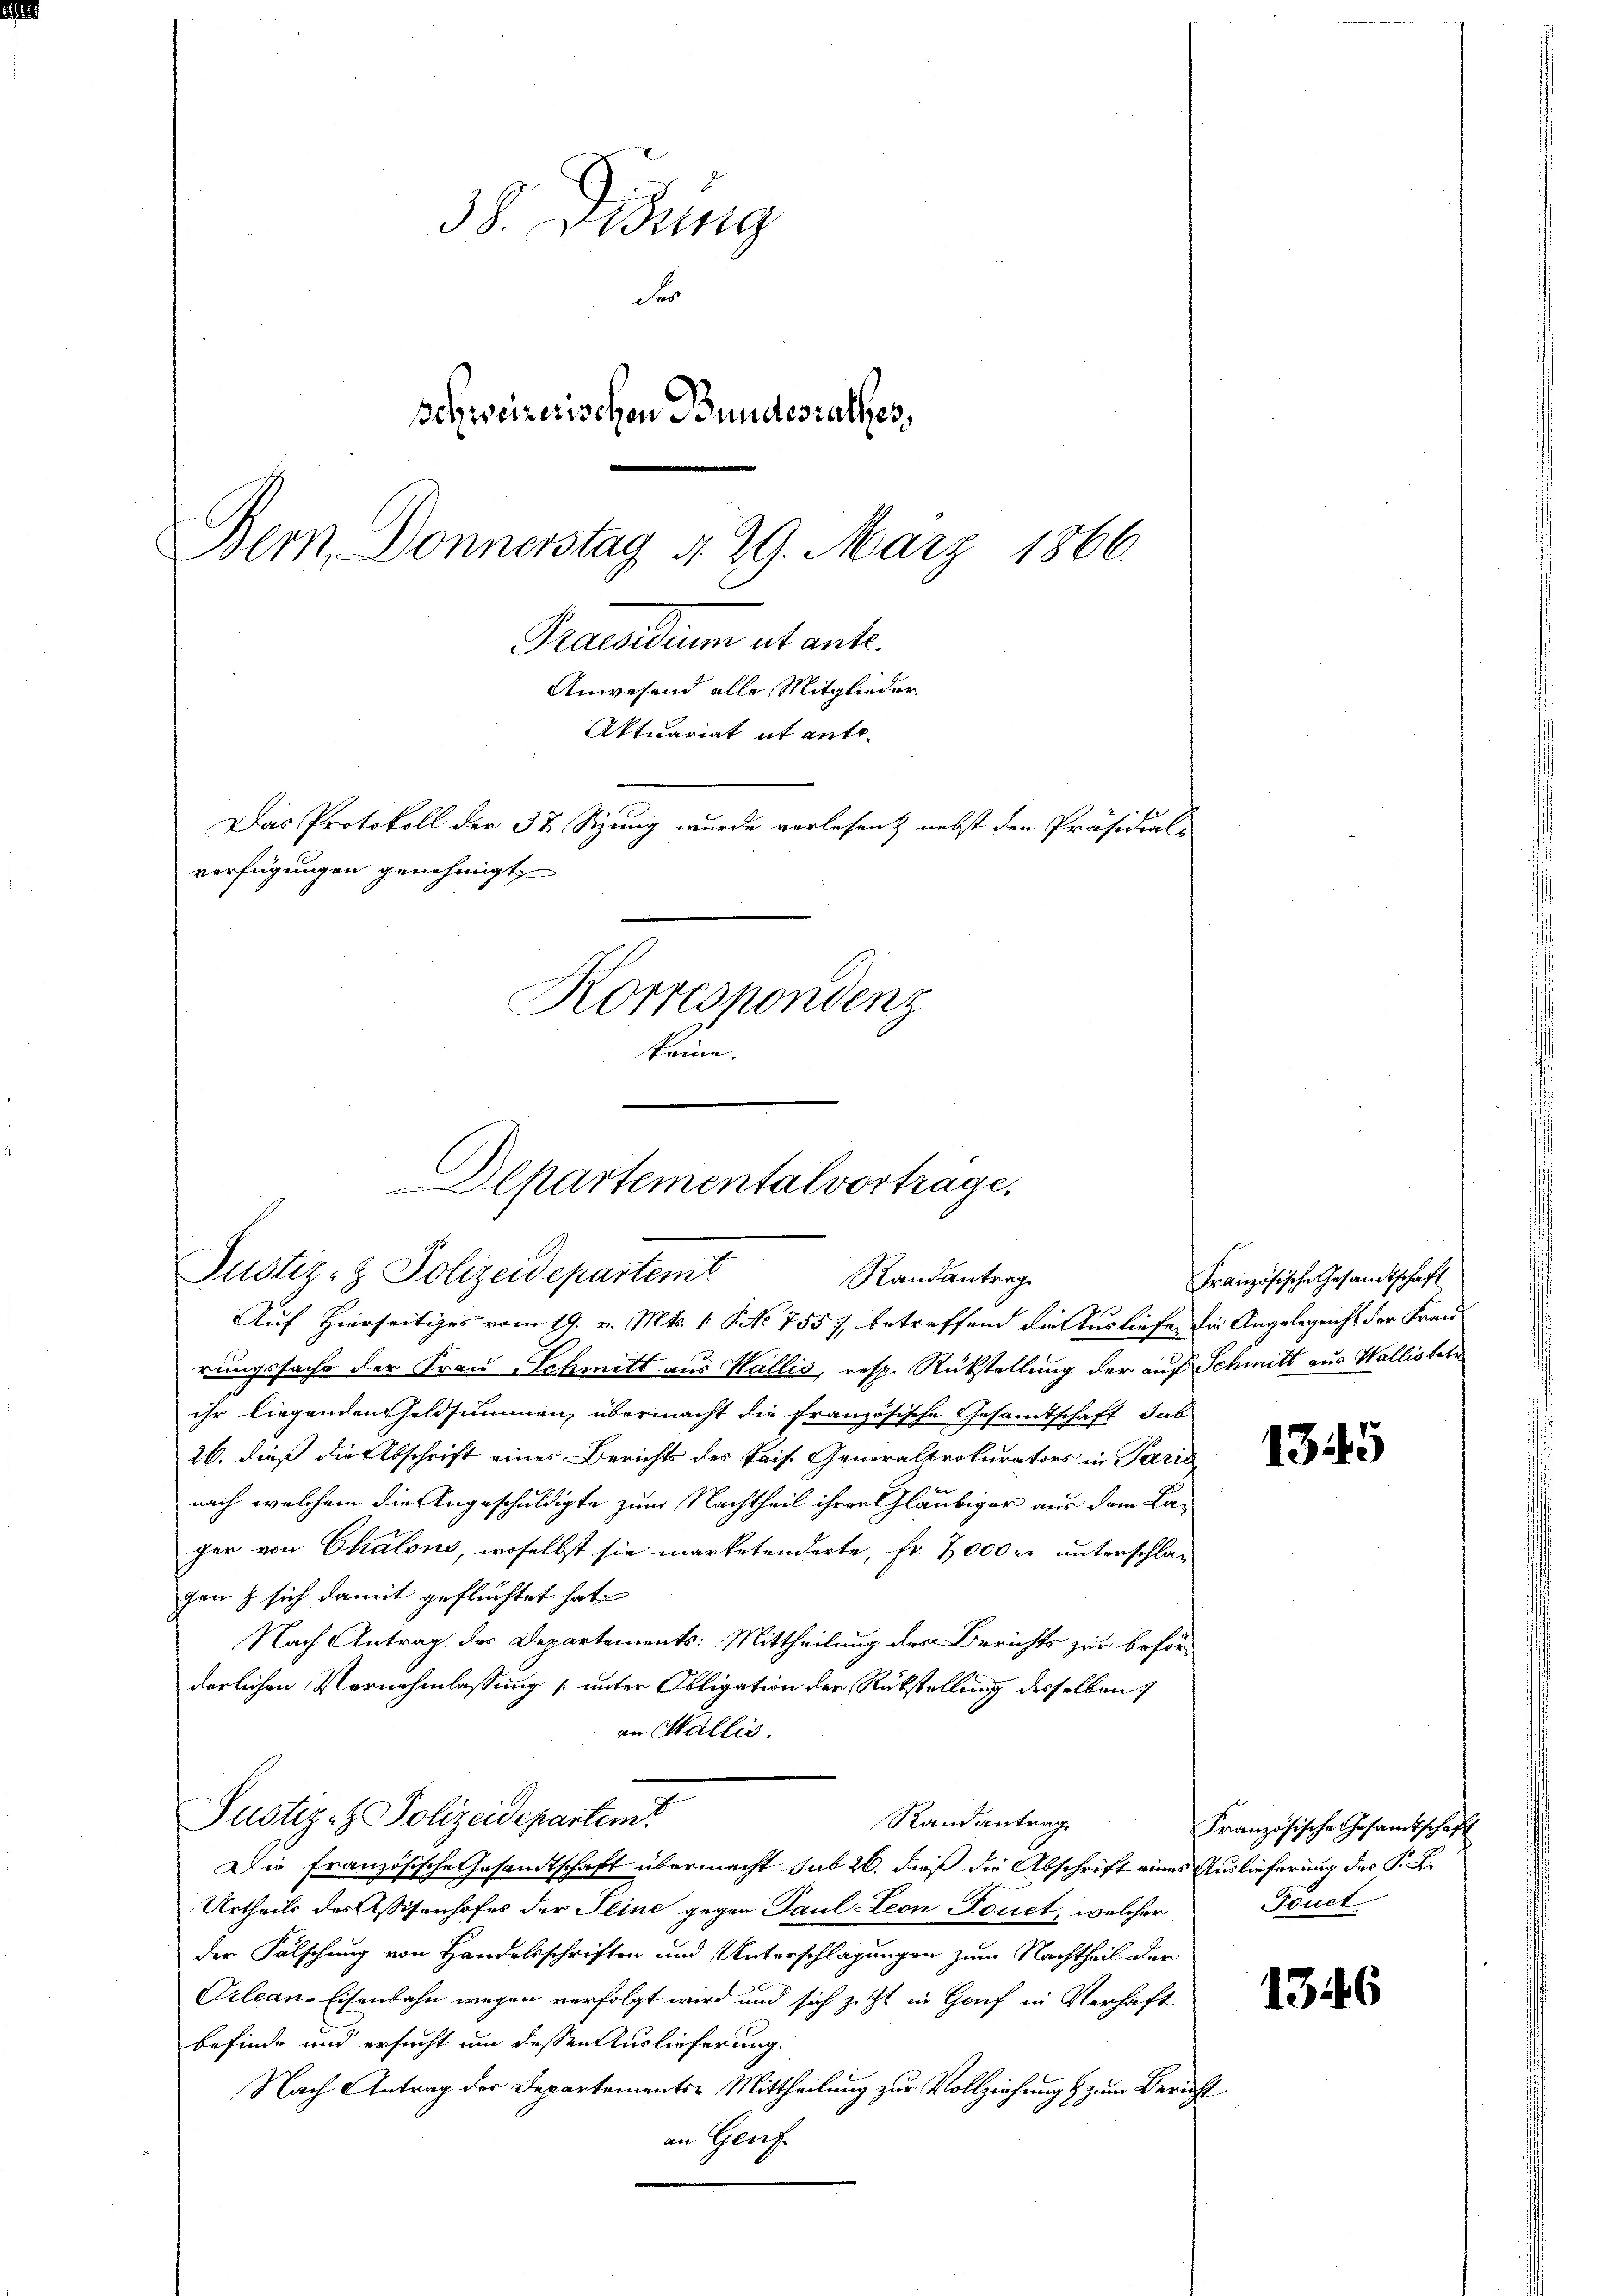
38. Didung
Fr
Schweizerischen Bundesrathes,
Dem Donnerstag d. 29. März 1866.
Praesidium ut ant.
Anwesend alle Mitglieder
Aktuariat it ente.
Das Protokoll der 37 Sizung wurde vorlesen & nebst den Präsidial-
verfügungen genehmigt,
Korrespondenz
keine,

rungssache der Frau Schmitt aus Wallis, resp. Rückstellung der auf Schmitt aus Wallis betr
ihr liegenden Geldsummen, übermacht die französische Gesandtschaft dab
26. dieß die Abschrift eines Berichts des Pais. Generalprokurators in Paris
nach welchem die Angeschuldigte zum Nachtheil ihrer Gläubiger aus dem Lager von Ekalons, woselbst sie marketenderte, fr. 7000 er unterschlagen & sich damit geflüchtet hat
Nach Antrag des Departements: Mittheilung der Berichts zur beför-
derlichen Vornehmlassung (unter Obligation der Rückstellung desselben
an Wallis.
Justiz- & Polizeidepartem
Randantrage
Die Französische Gesamtschaft übermacht sub 26. dieß die Abschrift eines Auslieferung der K. A.
Urtheils des Assisenhofes der Seine gegen Paul Leon Fonct, welcher
der Fälschung von Handelsschriften und Unterschlagungen zum Nachtheil der
Orlean-Eisenbahn wegen verfolgt wird und sich z. Zt. in Genf in Verhaft
befinde und ersucht um dessen Auslieferung.
Nach Antrag der Departements-Mittheilung zur Vollziehung & zum Bericht
an Genf

Departemental vortrage.
Justiz- & Polizeidepartemt
Randantrag
Auf Hierseitiges vom 19. v. Mts. 1. No 7557, betreffend die Ausliefe, die Angelegenht der Frau¬

Französische Gesandtschaft

1345

Französische Gesamtschaft
Teuet

1346